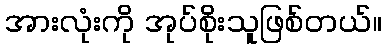
အားလုံးကို အုပ်စိုးသူဖြစ်တယ်။